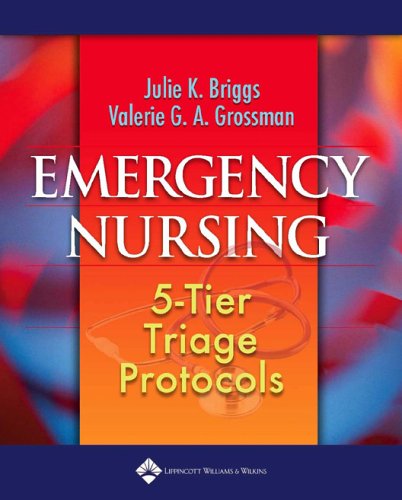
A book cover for Emergency Nursing: 5-Tier Triage Protocols; Julie K. Briggs; Medical Books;